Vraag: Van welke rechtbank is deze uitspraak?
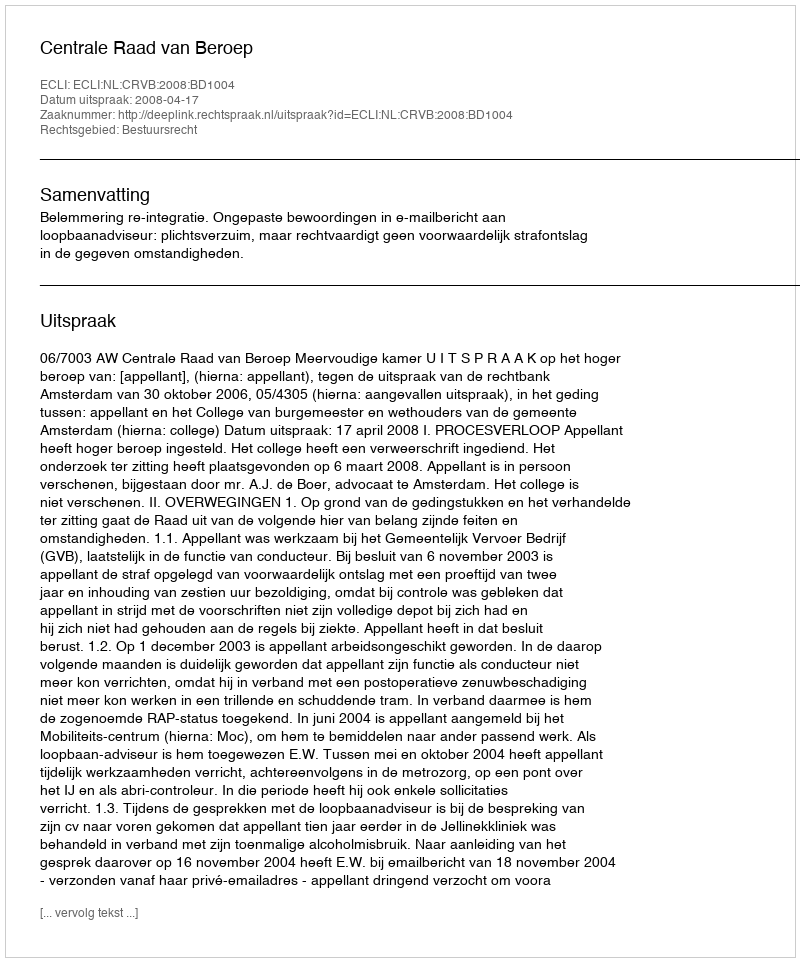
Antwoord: Centrale Raad van Beroep